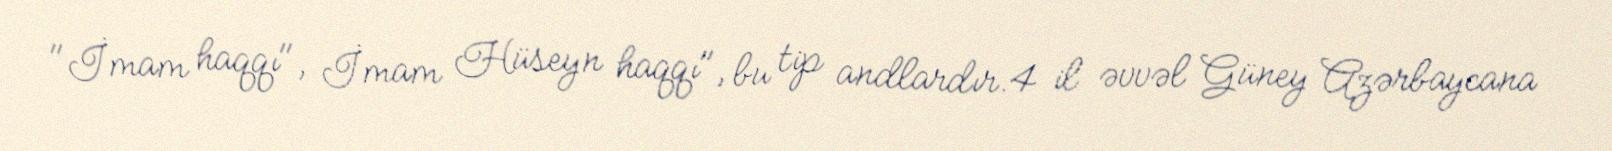
"İmam haqqı", İmam Hüseyn haqqı", bu tip andlardır.4 il əvvəl Güney Azərbaycana